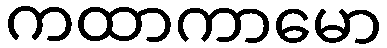
ကထာကာမော